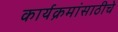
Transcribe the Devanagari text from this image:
कार्यक्रमांसाठीचे